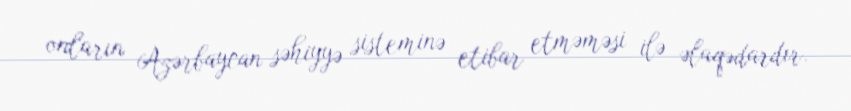
onların Azərbaycan səhiyyə sisteminə etibar etməməsi ilə əlaqədardır.